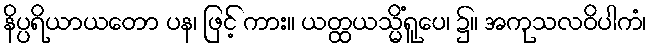
နိပ္ပရိယာယတော ပန၊ ဖြင့် ကား။ ယတ္ထယသ္မိံရူပေ၊ ၌။ အကုသလဝိပါကံ၊